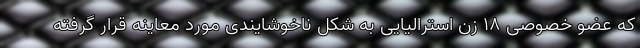
که عضو خصوصی 18 زن استرالیایی به شکل ناخوشایندی مورد معاینه قرار گرفته